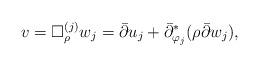
LaTeX: \begin{align*}v=\Box_\rho^{(j)} w_j=\bar{\partial} u_j+\bar{\partial}^\ast_{\varphi_j} (\rho \bar{\partial} w_j),\end{align*}